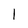
Character: 1